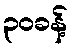
၃၀ခန့်